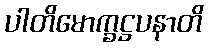
ပါတိမောက္ခဋ္ဌပနာတိ